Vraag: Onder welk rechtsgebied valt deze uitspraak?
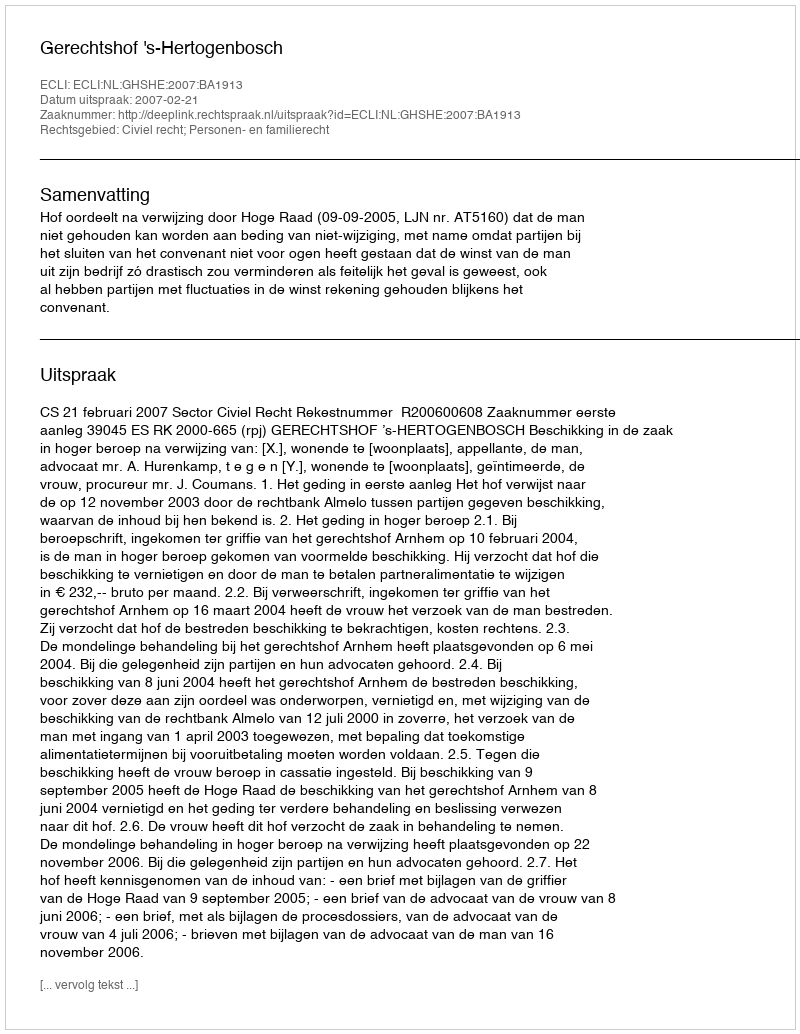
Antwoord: Civiel recht; Personen- en familierecht